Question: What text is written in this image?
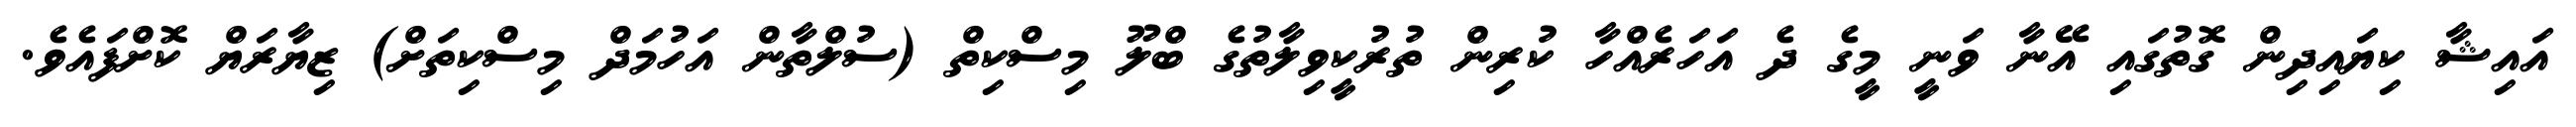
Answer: އައިޝާ ކިޔައިދިން ގޮތުގައި އޭނާ ވަނީ މީގެ ދެ އަހަރެއްހާ ކުރިން ތުރުކީވިލާތުގެ ބްލޫ މިސްކިތް (ސުލްތާން އަހުމަދް މިސްކިތަށް) ޒިޔާރަޔް ކޮށްފައެވެ.